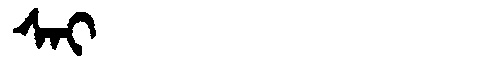
Manchu: ᠰᠠᡳ
Romanization: SAI